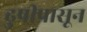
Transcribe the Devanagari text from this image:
ढुषीपासून